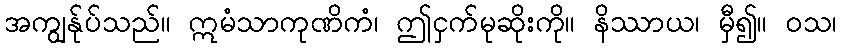
အကျွန်ုပ်သည်။ ဣမံသာကုဏိကံ၊ ဤငှက်မုဆိုးကို။ နိဿာယ၊ မှီ၍။ ဝသ၊